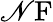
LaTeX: \mathscr{N}\mathrm{{F}}